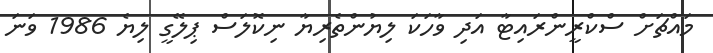
މައްޗަށް ސްކްރީންރައިޓާ އަދި ވާހަކަ ލިޔުންތެރިޔާ ނިކޮލަސް ޕިލޭގީ ލިޔެ 1986 ވަނަ